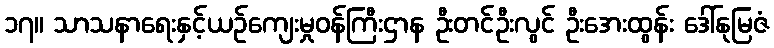
၁၇။ သာသနာရေးနှင့်ယဉ်ကျေးမှုဝန်ကြီးဌာန ဦးတင်ဦးလွင် ဦးအေးထွန်း ဒေါ်နုမြဇံ